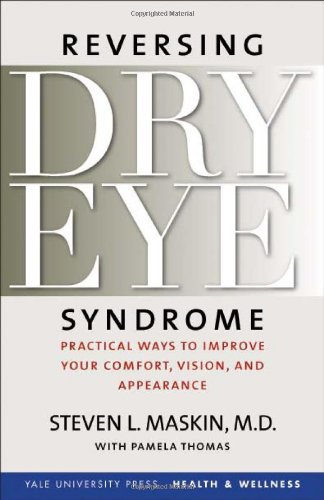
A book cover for Reversing Dry Eye Syndrome: Practical Ways to Improve Your Comfort, Vision, and Appearance (Yale University Press Health & Wellness); Steven L. Maskin; Health, Fitness & Dieting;